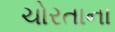
ચોરતાના